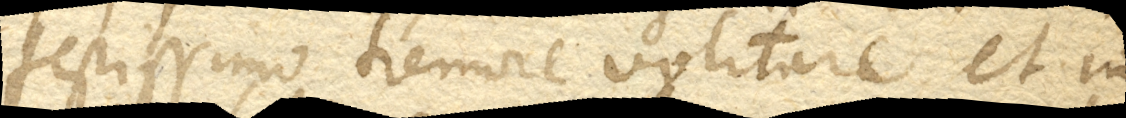
festissimo tremore volitare et in